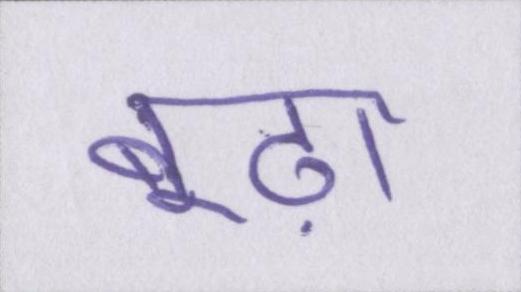
बूढ़ा